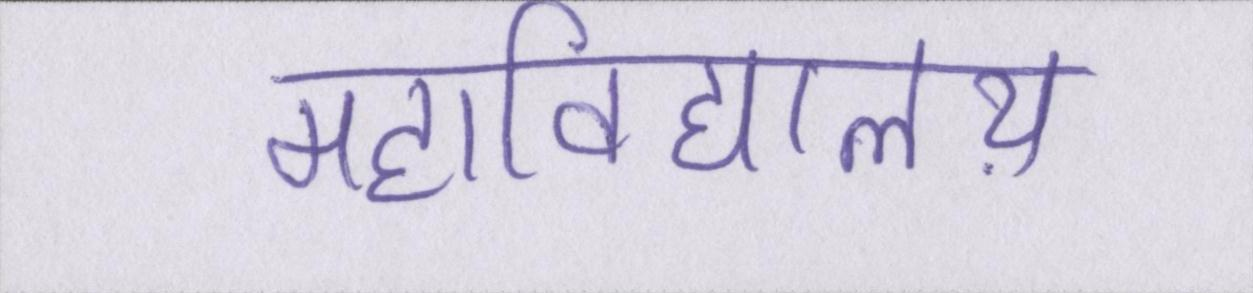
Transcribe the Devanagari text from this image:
महाविद्यालय़